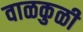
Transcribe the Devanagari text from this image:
वाळकुळी